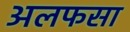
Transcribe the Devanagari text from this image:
अलफसा